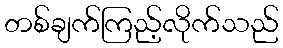
တစ်ချက်ကြည့်လိုက်သည်